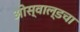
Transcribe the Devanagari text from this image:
ओस्वाल्डचा